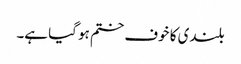
بلندی کا خوف ختم ہو گیا ہے۔